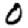
Digit: 0